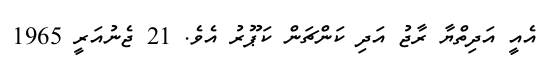
އެއީ އަދިތްޔާ ރާޖު އަދި ކަންޗަން ކަޕޫރު އެވެ. 21 ޖެނުއަރީ 1965